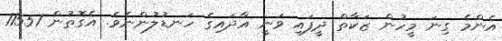
އެންމެ ގިނަ މީހުން ޒަކާތް ދީފައި ވަނީ އާދައިގެ ހަނޑުލުންނެވެ. އެގޮތުން 11551